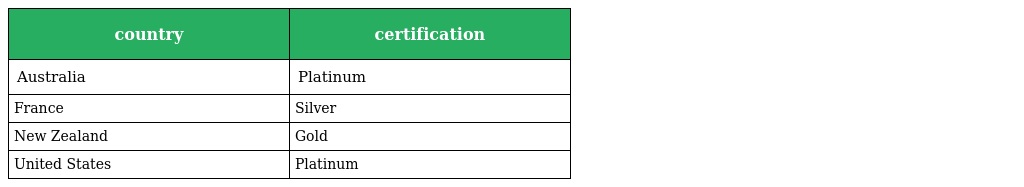
| country | certification |
 | --- | --- |
 | Australia | Platinum |
 | France | Silver |
 | New Zealand | Gold |
 | United States | Platinum |